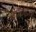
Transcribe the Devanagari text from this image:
मॉन्टेन